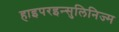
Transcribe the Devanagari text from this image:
हाइपरइन्सुलिनिज्म